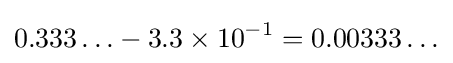
0.333\ldots -3.3\times 10^{-1}=0.00333\ldots